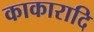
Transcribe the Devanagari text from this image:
काकारादि